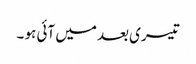
تیسری بعد میں آئی ہو ۔